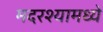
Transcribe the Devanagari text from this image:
मदरश्यामध्ये